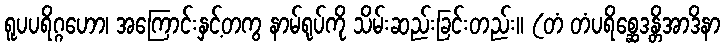
ရူပပရိဂ္ဂဟော၊ အကြောင်းနှင့်တကွ နာမ်ရုပ်ကို သိမ်းဆည်းခြင်းတည်း။ (တံ တံပရိစ္ဆေဒန္တိအာဒိနာ